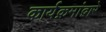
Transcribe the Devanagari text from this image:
कार्यक्रमांद्वारे